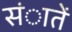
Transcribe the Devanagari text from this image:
संातें